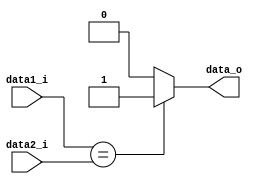
module EQUAL(data1_i,data2_i,data_o);
    input [31:0] data1_i,data2_i;
    output data_o;
    assign data_o = ( data1_i == data2_i ? 1 : 0 );
endmodule